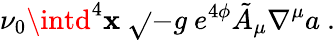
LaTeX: \nu_{0}\intd^{4}\mathbf{x}\ \sqrt{}{{-g}}\ e^{4\phi}\tilde{{A}}_{\mu}\nabla^{\mu}a\ .